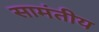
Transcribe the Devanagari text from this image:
सामंतीय